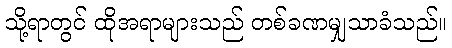
သို့ရာတွင် ထိုအရာများသည် တစ်ခဏမျှသာခံသည်။